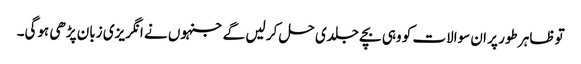
تو ظاہر طور پر ان سوالات کو وہی بچے جلدی حل کر لیں گے جنہوں نے انگریزی زبان پڑھی ہوگی۔